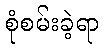
စုံစမ်းခဲ့ရာ